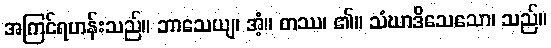
အကြင်ရဟန်းသည်။ ဘာသေယျ၊ အံ့။ တဿ၊ ၏။ သံဃာဒိသေသော၊ သည်။